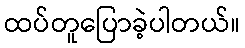
ထပ်တူပြောခဲ့ပါတယ်။